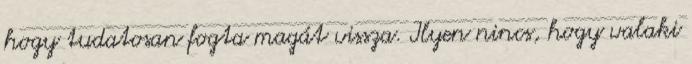
hogy tudatosan fogta magát vissza. Ilyen nincs, hogy valaki